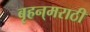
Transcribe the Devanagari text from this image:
बृहन्‌मराठी